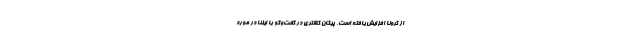
از کرونا افزایش یافته است. پیکان کلانتری در گفت‌وگو با ایلنا در مورد